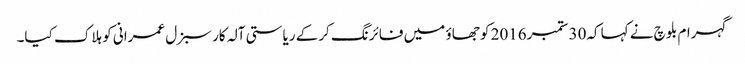
گہرام بلوچ نے کہا کہ30 ستمبر2016 کو جھاؤ میں فائرنگ کرکے ریاستی آلہ کار سبزل عمرانی کو ہلاک کیا۔